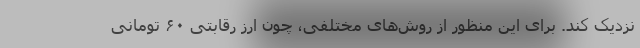
نزدیک کند. برای این منظور از روش‌های مختلفی، چون ارز رقابتی ۶۰ تومانی